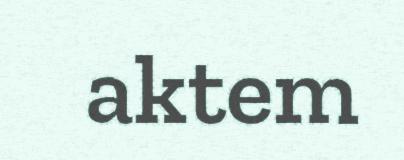
aktem